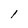
Character: l